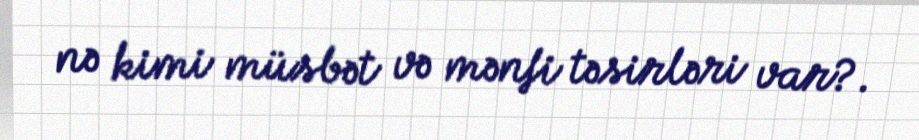
nə kimi müsbət və mənfi təsirləri var?.